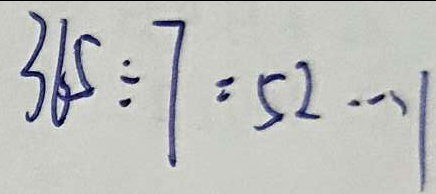
3 6 5 \div 7 = 5 2 \cdots 1